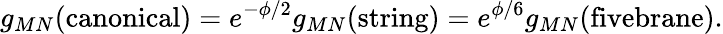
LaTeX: {g_{MN}(\mathrm{canonical})=e^{-\phi/2}g_{MN}(\mathrm{string})=e^{\phi/6}g_{MN}(\mathrm{fivebrane}).}